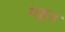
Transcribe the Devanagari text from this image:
यंकृत